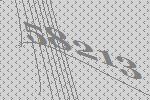
58213